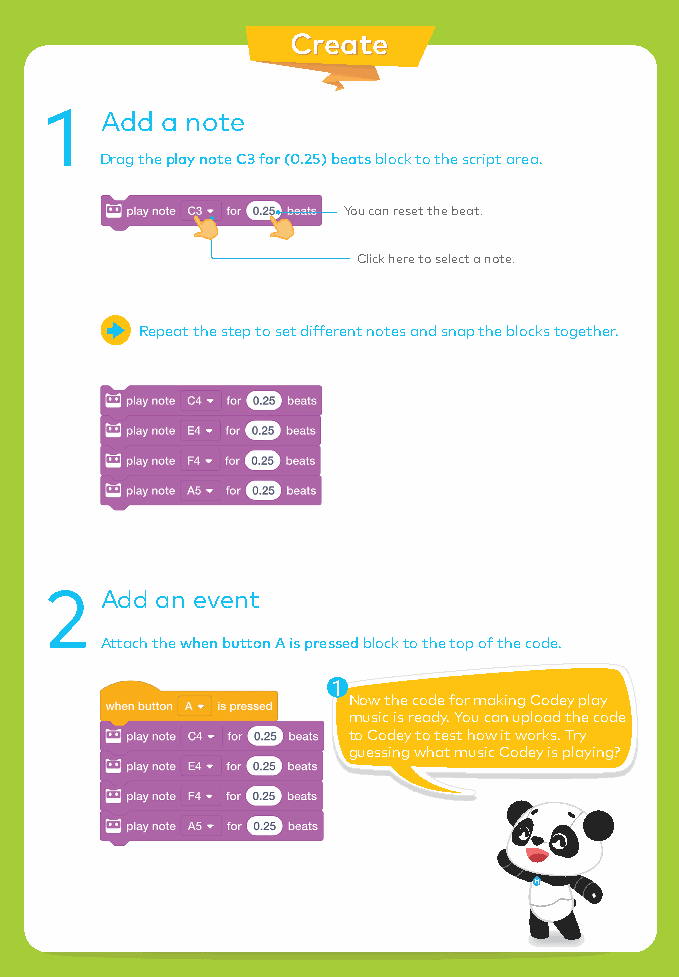
CCrreeaattee
 1   Add a note
 Drag the play note C3 for (0.25) beats block to the script area.
 You can reset the beat.
 Click here to select a note.
 Repeat the step to set different notes and snap the blocks together.
 2   Add an event
 Attach the when button A is pressed block to the top of the code.
 1
 Now the code for making Codey play
 music is ready. You can upload the code
 to Codey to test how it works. Try
 guessing what music Codey is playing?